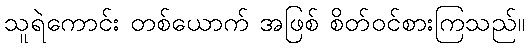
သူရဲကောင်း တစ်ယောက် အဖြစ် စိတ်ဝင်စားကြသည်။